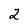
Character: 2